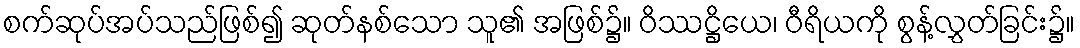
စက်ဆုပ်အပ်သည်ဖြစ်၍ ဆုတ်နစ်သော သူ၏ အဖြစ်၌။ ဝိဿဋ္ဌိယေ၊ ဝီရိယကို စွန့်လွှတ်ခြင်း၌။